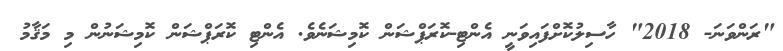
"ރަންވަނަ- 2018" ހާސިލުކޮށްފައިވަނީ އެންޓި-ކޮރަޕްޝަން ކޮމިޝަނެވެ. އެންޓި ކޮރަޕްޝަން ކޮމިޝަނުން މި މަޤާމު